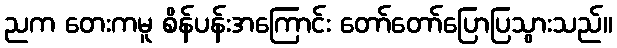
ညက တေးကမူ စိန်ပန်းအကြောင်း တော်တော်ပြောပြသွားသည်။